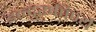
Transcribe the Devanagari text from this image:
इन्दुरूपिण्यै